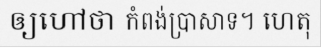
ឲ្យហៅថា កំពង់ប្រាសាទ។ ហេតុ